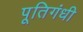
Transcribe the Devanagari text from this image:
पूतिगंधी